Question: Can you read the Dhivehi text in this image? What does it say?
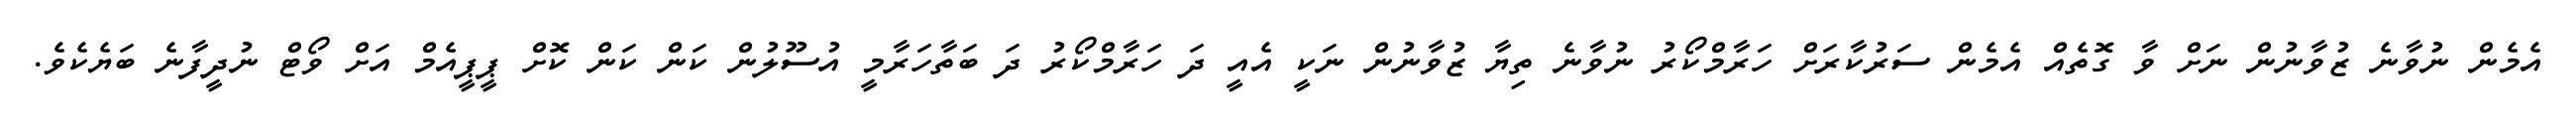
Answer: އެމެން ނުވާނެ ޒުވާނުން ނަށް ވާ ގޮތެއް އެމެން ސަރުކާރަށް ހަރާމްކޯރު ނުވާނެ ތިޔާ ޒުވާނުން ނަކީ އެއީ ދަ ހަރާމްކޯރު ދަ ބަތާހަރާމީ އުސޫލުން ކަން ކަން ކޮށް ޕީޕީއެމް އަށް ވޯޓް ނުދީފާނެ ބަޔެކެވެ.